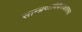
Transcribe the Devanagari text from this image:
साम्प्रदायिकैरेकारस्य